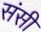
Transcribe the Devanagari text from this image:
संसी